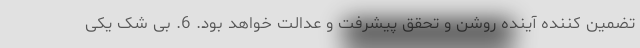
تضمین کننده آینده روشن و تحقق پیشرفت و عدالت خواهد بود. 6. بی شک یکی